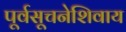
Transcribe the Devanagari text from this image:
पूर्वसूचनेशिवाय